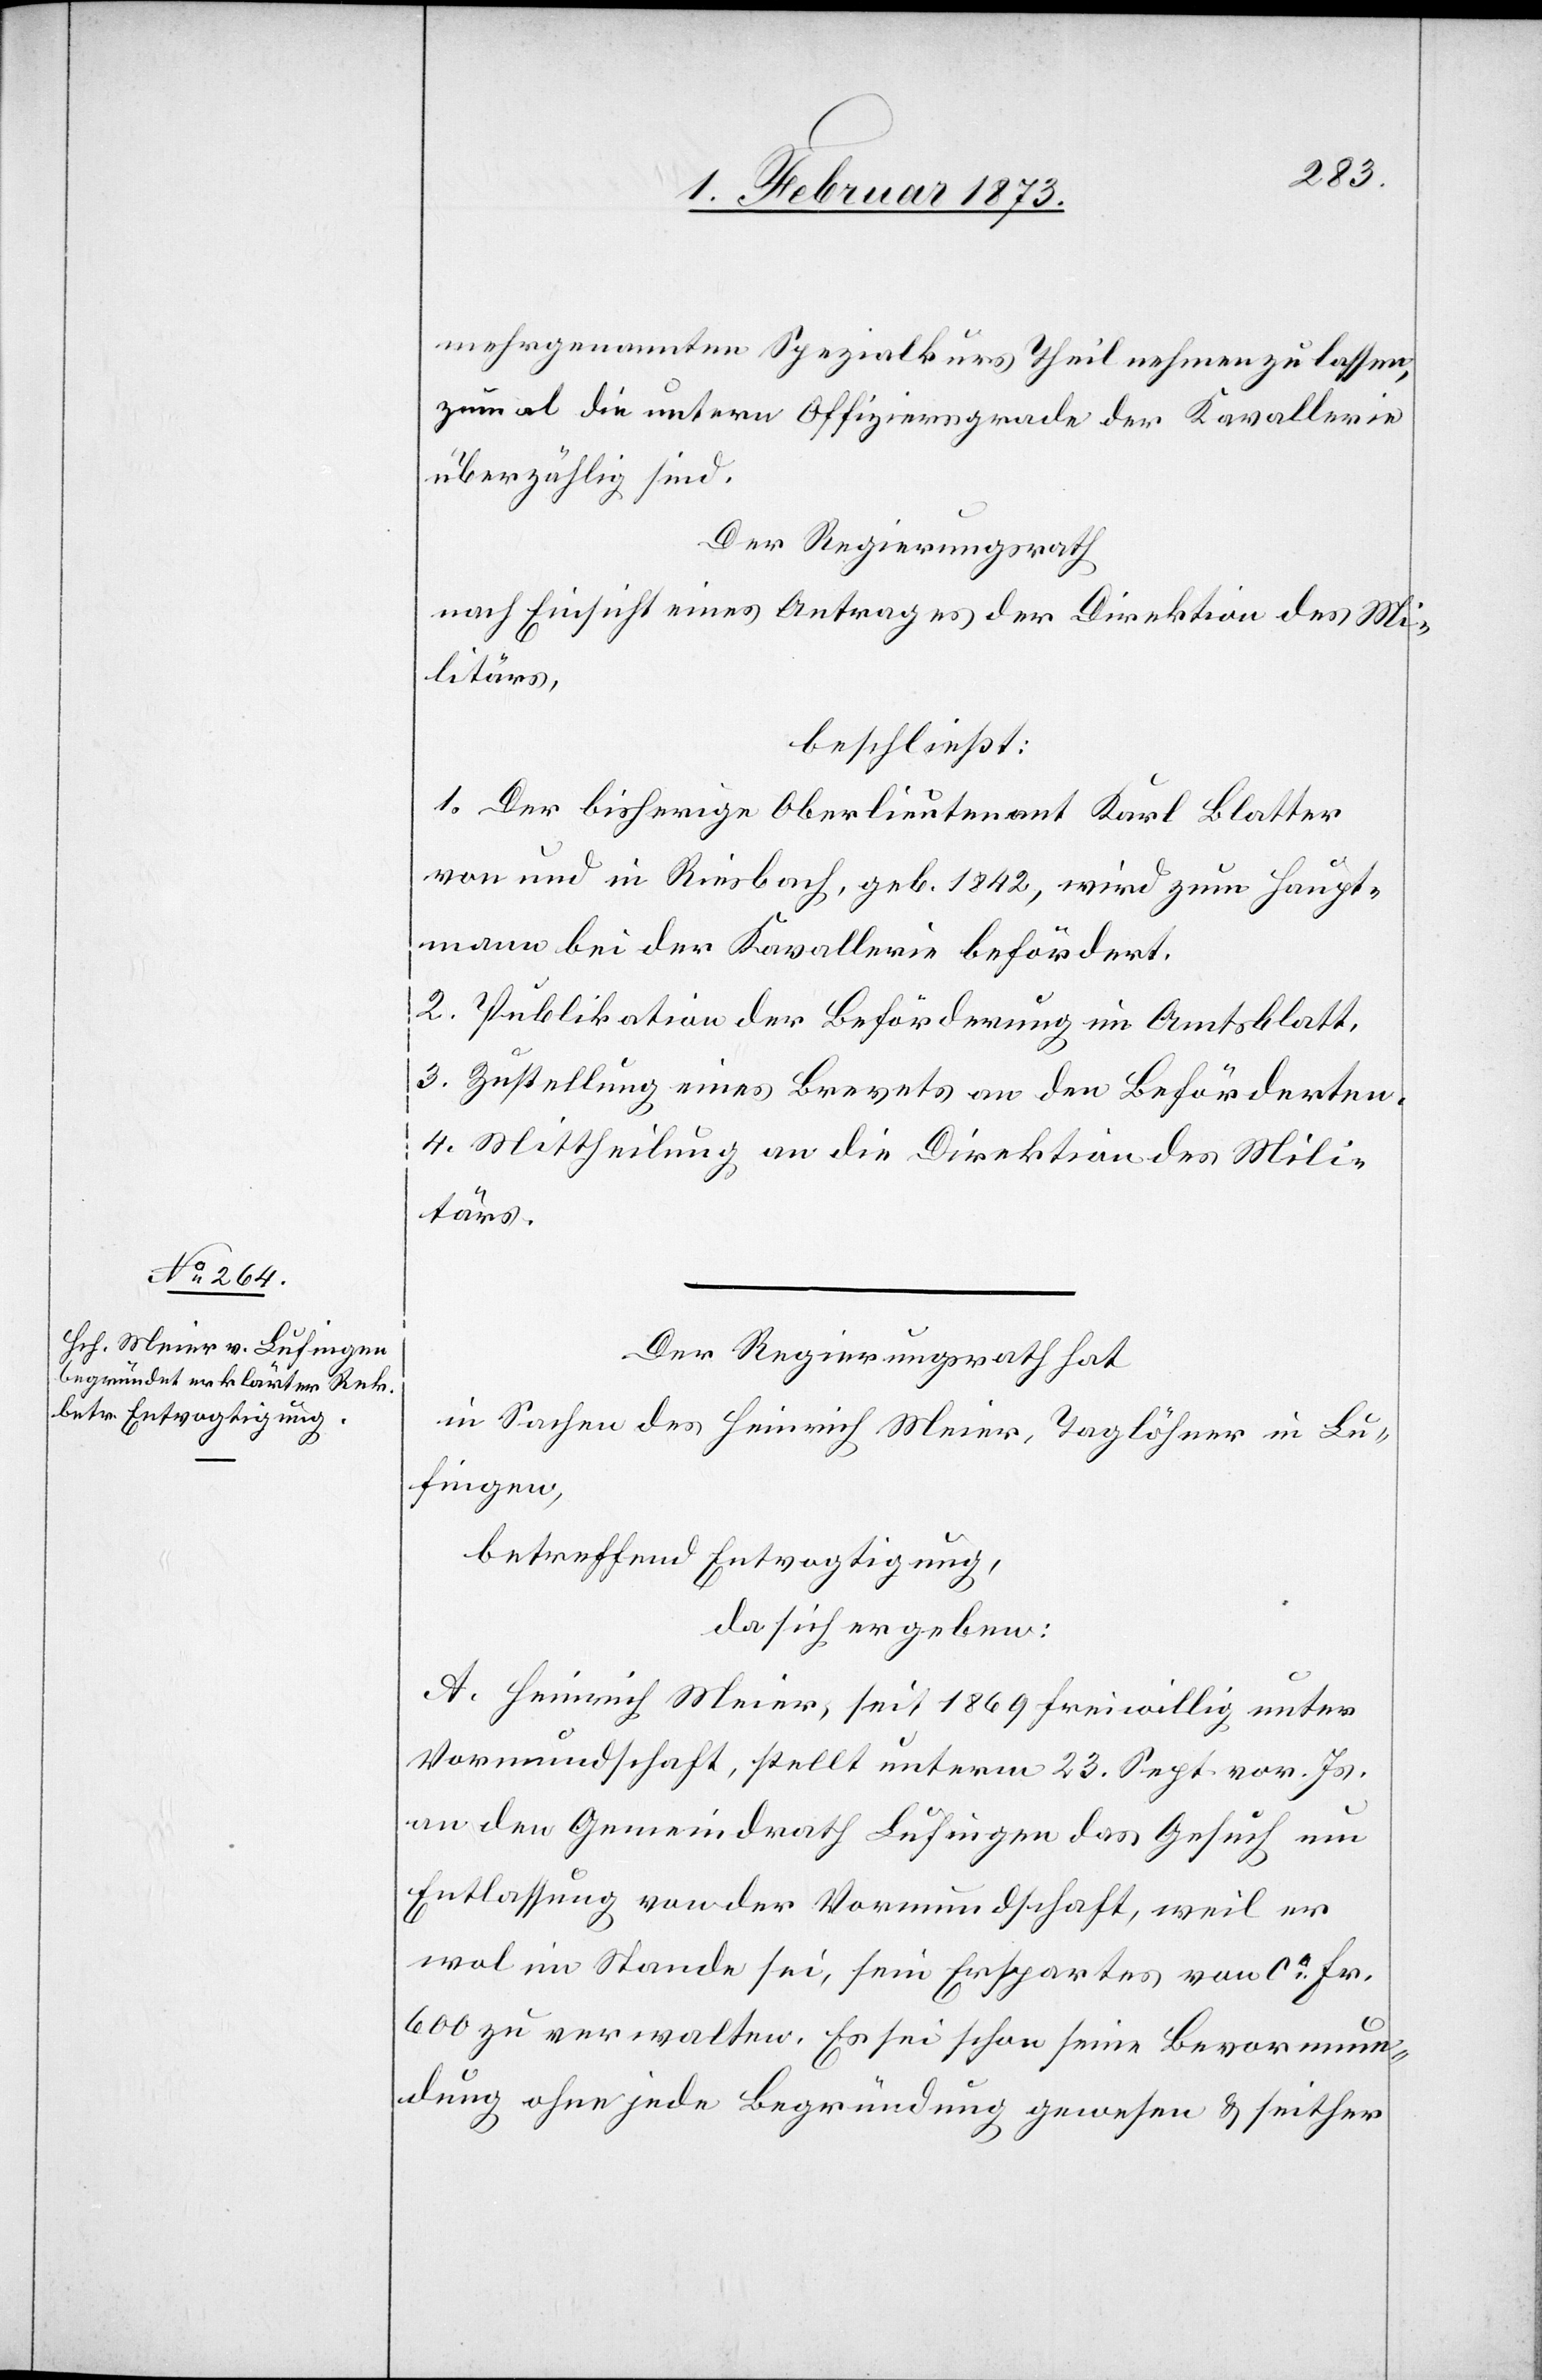
mehrgenannten Spezialkurs Theil nehmen zu lassen,
zumal die untern Offiziersgrade der Kavallerie
überzählig sind.
Der Regierungsrath
nach Einsicht eines Antrages der Direktion des Mi¬
litärs,
beschließt:
1. Der bisherige Oberlieutenant Karl Blatter
von und in Riesbach, geb. 1842, wird zum Haupt¬
mann bei der Kavallerie befördert.
2. Publikation der Beförderung im Amtsblatt.
3. Zustellung eines Brevets an den Beförderten.
4. Mittheilung an die Direktion des Mili¬
tärs.
Der Regierungsrath hat
in Sachen des Heinrich Meier, Taglöhner in Lu¬
fingen,
betreffend Entvogtigung,
da sich ergeben:
A. Heinrich Meier, seit 1869 freiwillig unter
Vormundschaft, stellt unterm 23. Sept. vor. Js.
an den Gemeindrath Lufingen das Gesuch um
Entlassung von der Vormundschaft, weil er
wol im Stande sei, sein Erspartes von ca. Fr.
600 zu verwalten. Es sei schon seine Bevormun¬
dung ohne jede Begründung gewesen u. seither